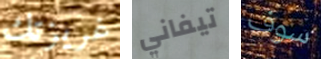
غريزتك تيفاني سوف